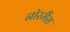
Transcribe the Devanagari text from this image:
नॉरमैंस